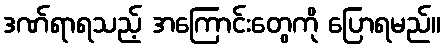
ဒဏ်ရာရသည့် အကြောင်းတွေကို ပြောရမည်။